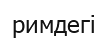
римдегі